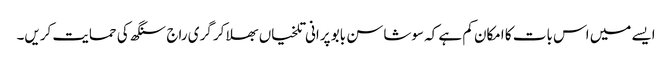
ایسے میں اس بات کا امکان کم ہے کہ سوشاسن بابو پرانی تلخیاں بھلا کر گری راج سنگھ کی حمایت کریں۔